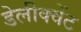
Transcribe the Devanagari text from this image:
डेलीक्वेंट